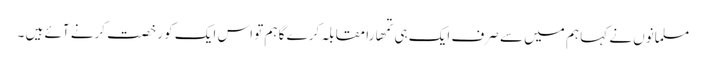
مسلمانوں نے کہا ہم میں سے صرف ایک ہی تمھارا مقابلہ کرے گا ہم تو اس ایک کو رخصت کرنے آئے ہیں ۔